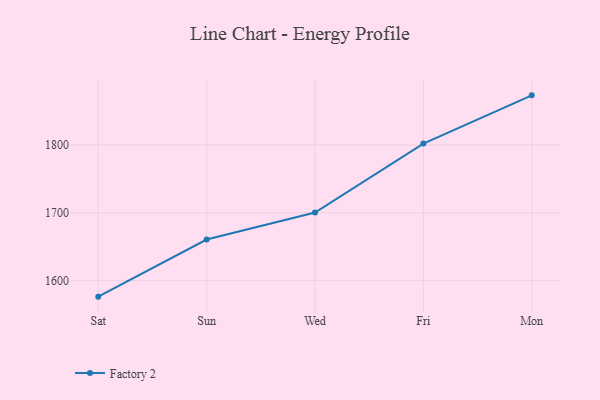
{"axis": {"x": "Day", "y": "Latency (ms)"}, "legend": ["Factory 2"], "data": [{"x": "Sat", "y": 1576.3, "type": "Factory 2"}, {"x": "Sun", "y": 1660.5, "type": "Factory 2"}, {"x": "Wed", "y": 1700.2, "type": "Factory 2"}, {"x": "Fri", "y": 1801.9, "type": "Factory 2"}, {"x": "Mon", "y": 1873.0, "type": "Factory 2"}]}